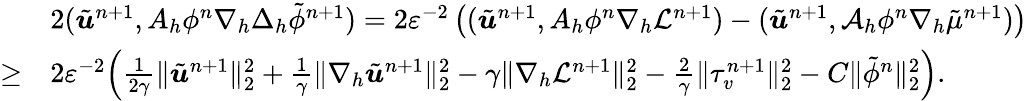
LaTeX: \begin{array}{rl}&{2(\tilde{\boldsymbol{u}}^{n+1},A_{h}\phi^{n}\nabla_{h}\Delta_{h}\tilde{\phi}^{n+1})=2\varepsilon^{-2}\left((\tilde{\boldsymbol{u}}^{n+1},A_{h}\phi^{n}\nabla_{h}{\cal L}^{n+1})-(\tilde{\boldsymbol{u}}^{n+1},{\cal A}_{h}\phi^{n}\nabla_{h}\tilde{\mu}^{n+1})\right)}\\ {\ge}&{2\varepsilon^{-2}\Big(\frac{1}{2\gamma}\| \tilde{\boldsymbol{u}}^{n+1}\| _{2}^{2}+\frac{1}{\gamma}\| \nabla_{h}\tilde{\boldsymbol{u}}^{n+1}\| _{2}^{2}-\gamma\| \nabla_{h}{\cal L}^{n+1}\| _{2}^{2}-\frac{2}{\gamma}\| \tau_{v}^{n+1}\| _{2}^{2}-C\| \tilde{\phi}^{n}\| _{2}^{2}\Big).}\end{array}